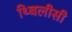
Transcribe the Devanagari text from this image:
थ्बिलीसी